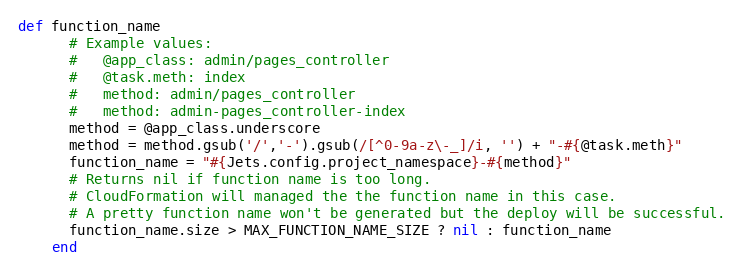
Language: Ruby
def function_name
      # Example values:
      #   @app_class: admin/pages_controller
      #   @task.meth: index
      #   method: admin/pages_controller
      #   method: admin-pages_controller-index
      method = @app_class.underscore
      method = method.gsub('/','-').gsub(/[^0-9a-z\-_]/i, '') + "-#{@task.meth}"
      function_name = "#{Jets.config.project_namespace}-#{method}"
      # Returns nil if function name is too long.
      # CloudFormation will managed the the function name in this case.
      # A pretty function name won't be generated but the deploy will be successful.
      function_name.size > MAX_FUNCTION_NAME_SIZE ? nil : function_name
    end